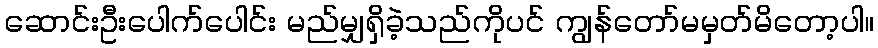
ဆောင်းဦးပေါက်ပေါင်း မည်မျှရှိခဲ့သည်ကိုပင် ကျွန်တော်မမှတ်မိတော့ပါ။